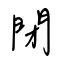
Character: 閉